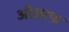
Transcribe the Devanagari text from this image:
औक़ाफ़